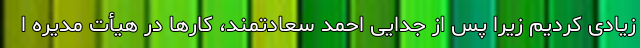
زیادی کردیم زیرا پس از جدایی احمد سعادتمند، کارها در هیأت مدیره ا